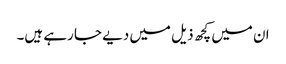
ان میں کچھ ذیل میں دیے جا رہے ہیں۔